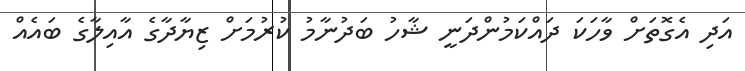
އަދި އެގޮތަށް ވާހަކަ ދައްކަމުންދަނީ ޝާހު ބަދުނާމު ކުރުމަށް ޒިޔާދާގެ އާއިލާގެ ބައެއް